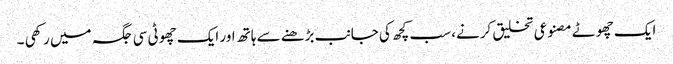
ایک چھوٹے مصنوعی تخلیق کرنے، سب کچھ کی جانب بڑھنے سے ہاتھ اور ایک چھوٹی سی جگہ میں رکھی ۔